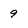
Character: 9